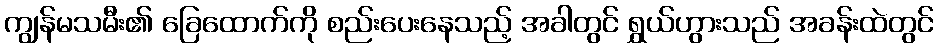
ကျွန်မသမီး၏ ခြေထောက်ကို စည်းပေးနေသည့် အခါတွင် ရွှယ်ဟွားသည် အခန်းထဲတွင်